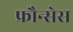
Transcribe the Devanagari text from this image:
फ्रौन्सेस